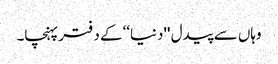
وہاں سے پیدل ''دنیا‘‘ کے دفتر پہنچا۔